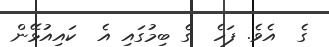
ގެ  އެވެ. ފަހެ  ގެ ބިމުގައި އެ  ކައިއުޅޭން